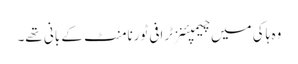
وہ ہاکی میں چیمپئنز ٹرافی ٹورنامنٹ کے بانی تھے۔